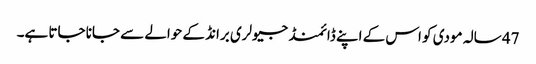
47 سالہ مودی کو اس کے اپنے ڈائمنڈ جیولری برانڈ کے حوالے سے جانا جاتا ہے۔